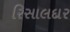
રિસાલદાર